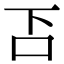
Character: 𠮴